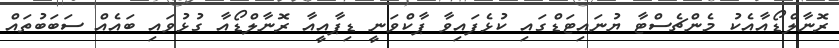
ރޮނާލްޑޯއާއެކު މެންޗެސްޓާ ޔުނައިޓަޑްގައި ކުޅެފައިވާ ޕާކްވަނީ ޑިޕާއީއާ ރޮނާލްޑޯއާ ގުޅުވައި ބައެއް ސަބަބުތައް